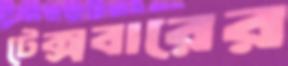
টেক্সবারের